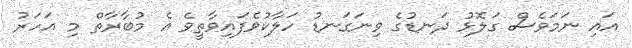
އައި ނަމަވެސް ގަލޮޅު ދަނޑުގެ ވިނަގަނޑު ހަލާކުވެފައިވާތީވެ އެ މުބާރާތް މި އަހަރު